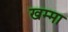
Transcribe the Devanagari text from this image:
खम्मा